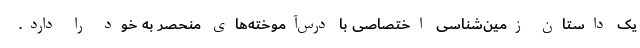
یک داستان زمین‌شناسی اختصاصی با درس‌آموخته‌های منحصر به خود را دارد.